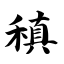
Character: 稹